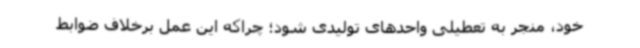
خود، منجر به تعطیلی واحدهای تولیدی شود؛ چراکه این عمل برخلاف ضوابط